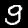
Label: 9